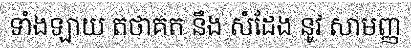
ទាំងឡាយ តថាគត នឹង សំដែង នូវ សាមញ្ញ